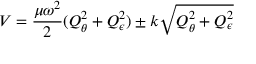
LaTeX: V = { \frac { \mu \omega ^ { 2 } } { 2 } } ( Q _ { \theta } ^ { 2 } + Q _ { \epsilon } ^ { 2 } ) \pm k { \sqrt { Q _ { \theta } ^ { 2 } + Q _ { \epsilon } ^ { 2 } } }